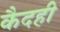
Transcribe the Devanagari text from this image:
कैदही